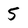
Character: 5